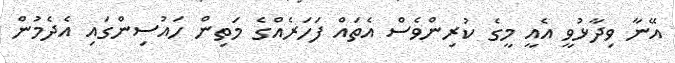
އޭނާ ވިދާޅުވީ އެއީ މީގެ ކުރިންވެސް އެތައް ފަހަރެއްގެ މަތިން ހައުސިންގައި އެދެމުން